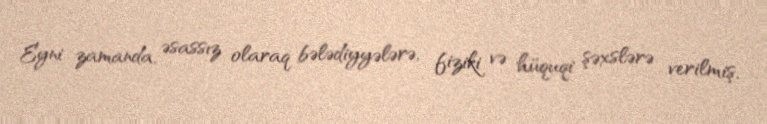
Eyni zamanda, əsassız olaraq bələdiyyələrə, fiziki və hüquqi şəxslərə verilmiş,